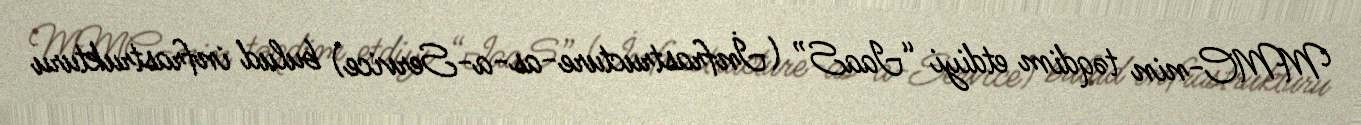
MMC-nin təqdim etdiyi “IaaS” (İnfrastructure-as-a-Service) bulud infrastrukturu